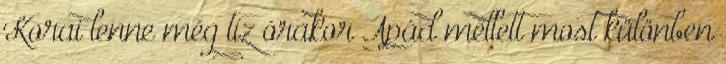
Korai lenne még tíz órakor Apád mellett most különben